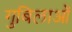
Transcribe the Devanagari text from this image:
गुबिलाओं